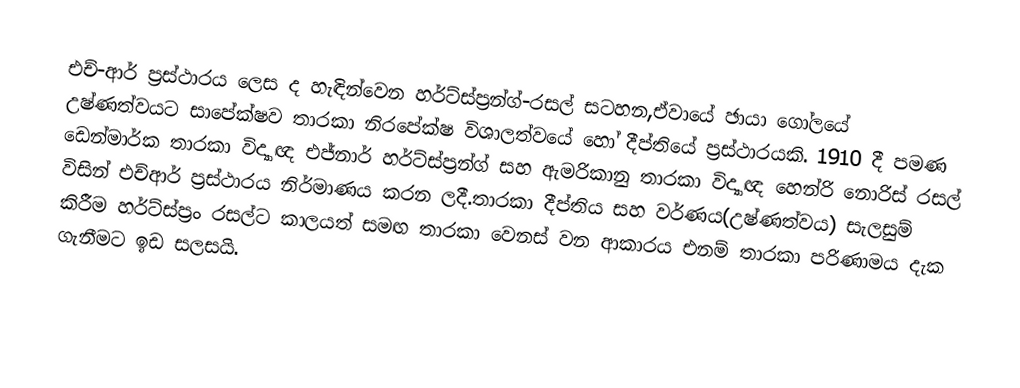
එච්-ආර් ප්‍රස්ථාරය ලෙස ද හැඳින්වෙන හර්ට්ස්ප්‍රන්ග්-රසල් සටහන,ඒවායේ ඡායා ගෝලයේ උෂ්ණත්වයට සාපේක්ෂව තාරකා නිරපේක්ෂ විශාලත්වයේ හෝ දීප්තියේ ප්‍රස්ථාරයකි. 1910 දී පමණ ඩෙන්මාර්ක තාරකා විද්‍යාඥ එජ්නාර් හර්ට්ස්ප්‍රන්ග් සහ ඇමරිකානු තාරකා විද්‍යාඥ හෙන්රි නොරිස් රසල් විසින් එච්ආර් ප්‍රස්ථාරය නිර්මාණය කරන ලදී.තාරකා දීප්තිය සහ වර්ණය(උෂ්ණත්වය) සැලසුම් කිරීම හර්ට්ස්ප්‍රං රසල්ට කාලයත් සමඟ තාරකා වෙනස් වන ආකාරය එනම් තාරකා පරිණාමය දැක ගැනීමට ඉඩ සලසයි.